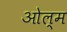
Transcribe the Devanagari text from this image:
ओल्म